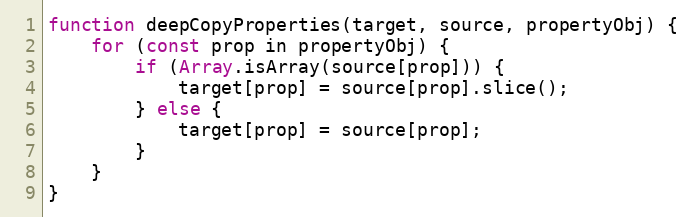
Language: JavaScript
function deepCopyProperties(target, source, propertyObj) {
    for (const prop in propertyObj) {
        if (Array.isArray(source[prop])) {
            target[prop] = source[prop].slice();
        } else {
            target[prop] = source[prop];
        }
    }
}